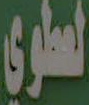
العلوي